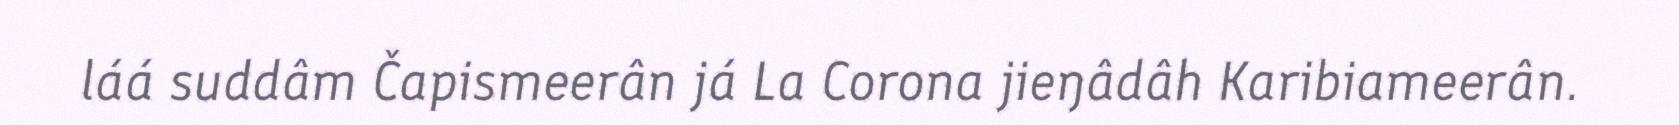
láá suddâm Čapismeerân já La Corona jieŋâdâh Karibiameerân.